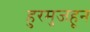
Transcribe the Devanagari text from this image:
हुरमुजहून